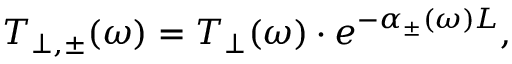
T _ { \perp , \pm } ( \omega ) = T _ { \perp } ( \omega ) \cdot e ^ { - \alpha _ { \pm } ( \omega ) L } ,